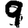
Digit: 9